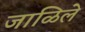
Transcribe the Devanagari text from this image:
जाळिले